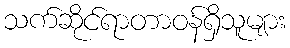
သက်ဆိုင်ရာတာဝန်ရှိသူများ